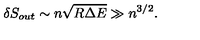
\delta S _ { o u t } \sim n \sqrt { R \Delta E } \gg n ^ { 3 / 2 } .